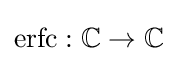
\mathrm {erfc} :\mathbb {C} \to \mathbb {C}